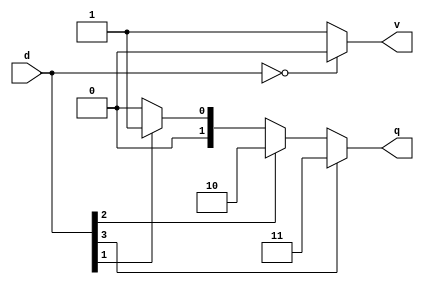
module prio_enc1_4to2(

    input [3:0] d,
    output reg [1:0] q,
    output reg v
);

    always @(*) begin
        if (d[3])
            q = 2'd3;
        else if (d[2])
            q = 2'd2;
        else if (d[1])
            q = 2'd1;
        else
            q = 2'd0;
    end

    always @(*) begin
        if (!d)
            v = 0;
        else
            v = 1;
    end

endmodule